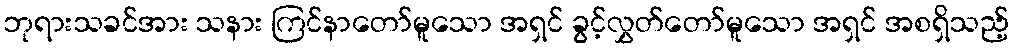
ဘုရားသခင်အား သနား ကြင်နာတော်မူသော အရှင် ခွင့်လွှတ်တော်မူသော အရှင် အစရှိသည့်